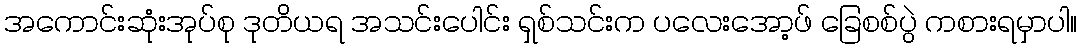
အကောင်းဆုံးအုပ်စု ဒုတိယရ အသင်းပေါင်း ရှစ်သင်းက ပလေးအော့ဖ် ခြေစစ်ပွဲ ကစားရမှာပါ။